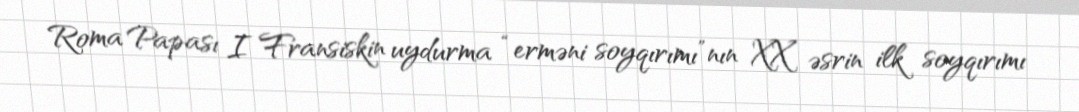
Roma Papası I Fransiskin uydurma “erməni soyqırımı”nın XX əsrin ilk soyqırımı